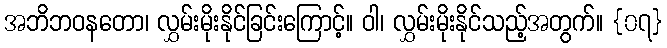
အဘိဘဝနတော၊ လွှမ်းမိုးနိုင်ခြင်းကြောင့်။ ဝါ၊ လွှမ်းမိုးနိုင်သည့်အတွက်။ {၀၇}